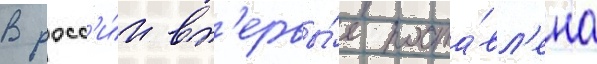
В росс'и́и вп'ервы́е поста́вл'ена